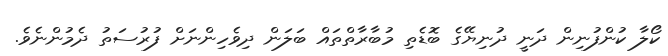
ކޯލާ ކުންފުނިން ދަނީ ދުނިޔޭގެ ބޮޑެތި މުބާރާތްތައް ބަލަން ދިވެހިންނަށް ފުރުސަތު ދެމުންނެވެ.